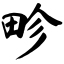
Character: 畛